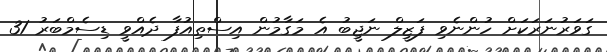
ގަވަރުނަރަކަށް ހުންނެވި ފަޒީލް ނަޖީބު އެ މަގާމުން އިސްތިއުފާ ދެއްވީ ޑިސެމްބަރު 31